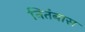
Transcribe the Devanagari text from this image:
नितंबास